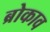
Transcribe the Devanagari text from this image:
ब्रोकाव